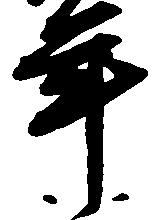
年